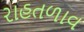
રાહતળાવ